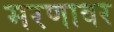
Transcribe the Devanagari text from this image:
मरणावर